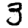
Digit: 3